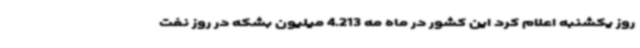
روز یکشنبه اعلام کرد این کشور در ماه مه 4.213 میلیون بشکه در روز نفت